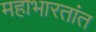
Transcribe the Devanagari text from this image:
महाभारतांत